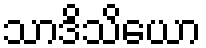
သာဒိသိယော